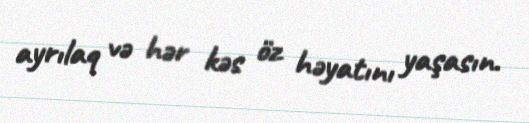
ayrılaq və hər kəs öz həyatını yaşasın.